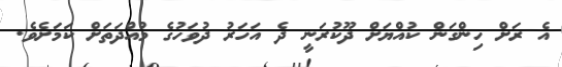
އެ ރަށް ހިންގަން ކުއްޔަށް ދޫކުރަނީ ދެ އަހަރު ދުވަހުގެ މުއްދަތަށް ކަމަށެވެ.